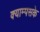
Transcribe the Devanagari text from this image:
क्याम्पसके